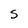
Character: S